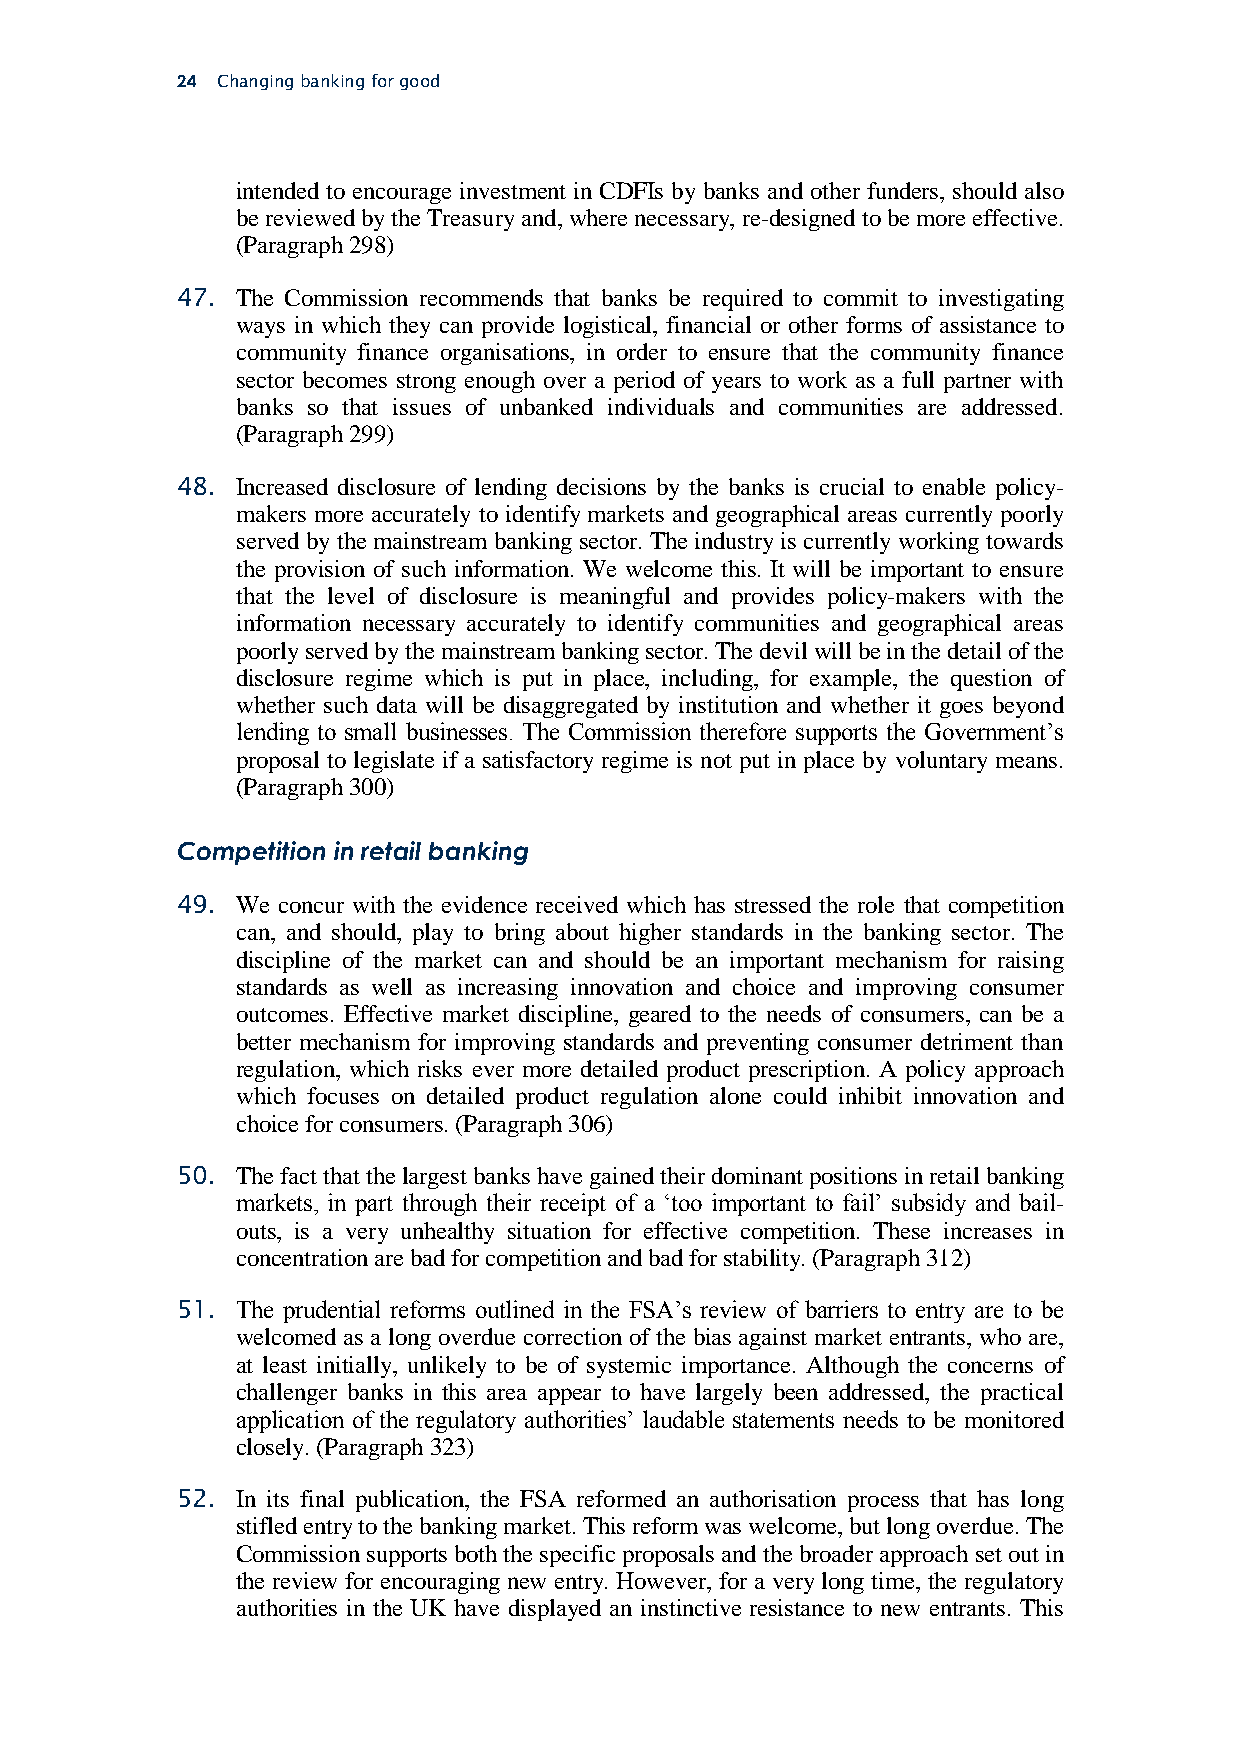
24 Changing banking for good
 intended to encourage investment in CDFIs by banks and other funders, should also
 be reviewed by the Treasury and, where necessary, re-designed to be more effective.
 (Paragraph 298)
 47. The Commission recommends that banks be required to commit to investigating
 ways in which they can provide logistical, financial or other forms of assistance to
 community finance organisations, in order to ensure that the community finance
 sector becomes strong enough over a period of years to work as a full partner with
 banks so that issues of unbanked individuals and communities are addressed.
 (Paragraph 299)
 48. Increased disclosure of lending decisions by the banks is crucial to enable policy-
 makers more accurately to identify markets and geographical areas currently poorly
 served by the mainstream banking sector. The industry is currently working towards
 the provision of such information. We welcome this. It will be important to ensure
 that the level of disclosure is meaningful and provides policy-makers with the
 information necessary accurately to identify communities and geographical areas
 poorly served by the mainstream banking sector. The devil will be in the detail of the
 disclosure regime which is put in place, including, for example, the question of
 whether such data will be disaggregated by institution and whether it goes beyond
 lending to small businesses. The Commission therefore supports the Government’s
 proposal to legislate if a satisfactory regime is not put in place by voluntary means.
 (Paragraph 300)
 Competition in retail banking
 49. We concur with the evidence received which has stressed the role that competition
 can, and should, play to bring about higher standards in the banking sector. The
 discipline of the market can and should be an important mechanism for raising
 standards as well as increasing innovation and choice and improving consumer
 outcomes. Effective market discipline, geared to the needs of consumers, can be a
 better mechanism for improving standards and preventing consumer detriment than
 regulation, which risks ever more detailed product prescription. A policy approach
 which focuses on detailed product regulation alone could inhibit innovation and
 choice for consumers. (Paragraph 306)
 50. The fact that the largest banks have gained their dominant positions in retail banking
 markets, in part through their receipt of a ‘too important to fail’ subsidy and bail-
 outs, is a very unhealthy situation for effective competition. These increases in
 concentration are bad for competition and bad for stability. (Paragraph 312)
 51. The prudential reforms outlined in the FSA’s review of barriers to entry are to be
 welcomed as a long overdue correction of the bias against market entrants, who are,
 at least initially, unlikely to be of systemic importance. Although the concerns of
 challenger banks in this area appear to have largely been addressed, the practical
 application of the regulatory authorities’ laudable statements needs to be monitored
 closely. (Paragraph 323)
 52. In its final publication, the FSA reformed an authorisation process that has long
 stifled entry to the banking market. This reform was welcome, but long overdue. The
 Commission supports both the specific proposals and the broader approach set out in
 the review for encouraging new entry. However, for a very long time, the regulatory
 authorities in the UK have displayed an instinctive resistance to new entrants. This